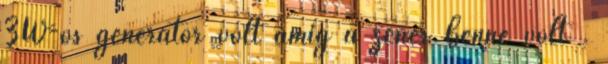
3W-os generátor volt amig a zener benne volt .